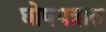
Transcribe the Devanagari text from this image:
घोषपत्रात